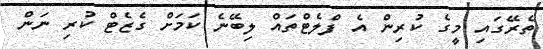
ތެރޭގައި މީގެ ކުރިން އެ ފްލެޓްތައް ލިބޭނެ ކަމަށް ގެޒެޓް ކުރި ނަން